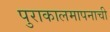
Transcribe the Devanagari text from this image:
पुराकालमापनाची